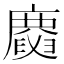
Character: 𢋪